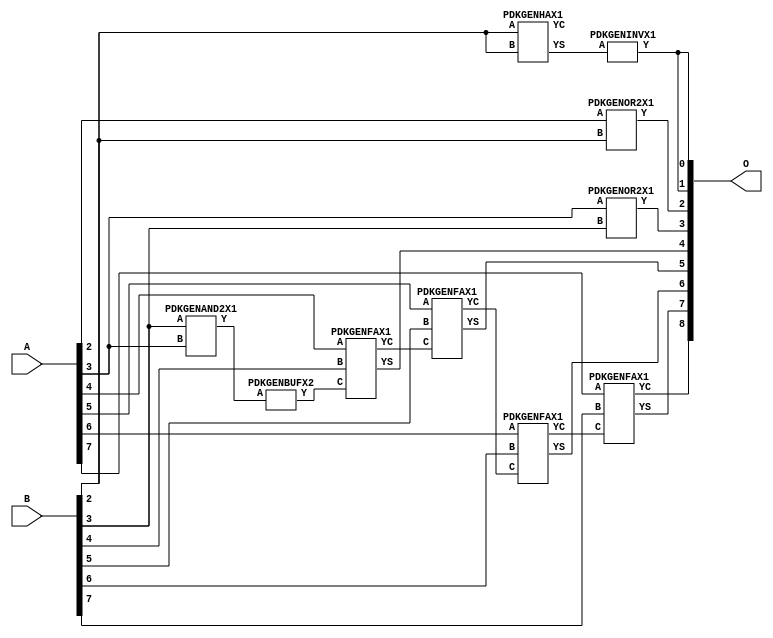
// Library = EvoApprox8b
// Circuit = add8_191
// Area   (180) = 696
// Delay  (180) = 1.070
// Power  (180) = 196.00
// Area   (45) = 51
// Delay  (45) = 0.410
// Power  (45) = 19.10
// Nodes = 10
// HD = 152704
// MAE = 3.20312
// MSE = 18.50000
// MRE = 1.68 %
// WCE = 11
// WCRE = 300 %
// EP = 85.9 %

module add8_191(A, B, O);
  input [7:0] A;
  input [7:0] B;
  output [8:0] O;
  wire [2031:0] N;

  assign N[0] = A[0];
  assign N[1] = A[0];
  assign N[2] = A[1];
  assign N[3] = A[1];
  assign N[4] = A[2];
  assign N[5] = A[2];
  assign N[6] = A[3];
  assign N[7] = A[3];
  assign N[8] = A[4];
  assign N[9] = A[4];
  assign N[10] = A[5];
  assign N[11] = A[5];
  assign N[12] = A[6];
  assign N[13] = A[6];
  assign N[14] = A[7];
  assign N[15] = A[7];
  assign N[16] = B[0];
  assign N[17] = B[0];
  assign N[18] = B[1];
  assign N[19] = B[1];
  assign N[20] = B[2];
  assign N[21] = B[2];
  assign N[22] = B[3];
  assign N[23] = B[3];
  assign N[24] = B[4];
  assign N[25] = B[4];
  assign N[26] = B[5];
  assign N[27] = B[5];
  assign N[28] = B[6];
  assign N[29] = B[6];
  assign N[30] = B[7];
  assign N[31] = B[7];

  PDKGENHAX1 n40(.A(N[20]), .B(N[20]), .YS(N[40]), .YC(N[41]));
  PDKGENAND2X1 n52(.A(N[22]), .B(N[6]), .Y(N[52]));
  assign N[53] = N[52];
  PDKGENINVX1 n126(.A(N[40]), .Y(N[126]));
  assign N[127] = N[126];
  PDKGENOR2X1 n132(.A(N[4]), .B(N[20]), .Y(N[132]));
  PDKGENOR2X1 n182(.A(N[6]), .B(N[22]), .Y(N[182]));
  assign N[183] = N[182];
  PDKGENBUFX2 n212(.A(N[53]), .Y(N[212]));
  assign N[213] = N[212];
  PDKGENFAX1 n232(.A(N[8]), .B(N[24]), .C(N[213]), .YS(N[232]), .YC(N[233]));
  PDKGENFAX1 n282(.A(N[10]), .B(N[26]), .C(N[233]), .YS(N[282]), .YC(N[283]));
  PDKGENFAX1 n332(.A(N[12]), .B(N[28]), .C(N[283]), .YS(N[332]), .YC(N[333]));
  PDKGENFAX1 n382(.A(N[14]), .B(N[30]), .C(N[333]), .YS(N[382]), .YC(N[383]));

  assign O[0] = N[127];
  assign O[1] = N[126];
  assign O[2] = N[132];
  assign O[3] = N[183];
  assign O[4] = N[232];
  assign O[5] = N[282];
  assign O[6] = N[332];
  assign O[7] = N[382];
  assign O[8] = N[383];

endmodule
/* mod */
module PDKGENAND2X1(input A, input B, output Y );
     assign Y = A & B;
endmodule
/* mod */
module PDKGENOR2X1(input A, input B, output Y );
     assign Y = A | B;
endmodule
/* mod */
module PDKGENHAX1( input A, input B, output YS, output YC );
    assign YS = A ^ B;
    assign YC = A & B;
endmodule
/* mod */
module PDKGENINVX1(input A, output Y );
     assign Y = ~A;
endmodule
/* mod */
module PDKGENFAX1( input A, input B, input C, output YS, output YC );
    assign YS = (A ^ B) ^ C;
    assign YC = (A & B) | (B & C) | (A & C);
endmodule
/* mod */
module PDKGENBUFX2(input A, output Y );
     assign Y = A;
endmodule